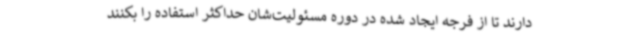
دارند تا از فرجه ایجاد شده در دوره مسئولیت‌شان حداکثر استفاده را بکنند